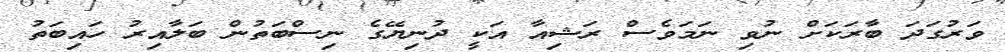
ވަރުގަދަ ބާރަކަށް ނުވި ނަމަވެސް ރަޝިއާ އަކީ ދުނިޔޭގެ ނިސްބަތުން ބަލާއިރު ހައިބަތު